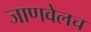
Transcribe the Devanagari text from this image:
जाणवेलच